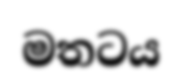
මතටය